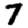
Digit: 7